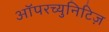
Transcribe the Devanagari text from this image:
ऑपरच्युनिटिज़